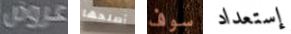
عروض أصلحها سوف إستعداد